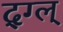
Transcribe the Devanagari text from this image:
द्ग्ल्